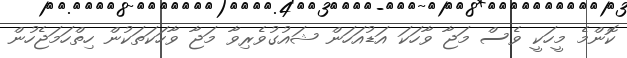
ކޮންމެ މީހަކީ ވެސް މަޖާ ވާހަކަ އަޑުއަހަން ޝައުގުވެރިވާ މަޖާ ވާހަކަތަކުން ހިތްހަމަޖެހުން